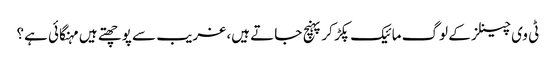
ٹی وی چینلز کے لوگ مائیک پکڑ کر پہنچ جاتے ہیں، غریب سے پوچھتے ہیں مہنگائی ہے؟